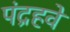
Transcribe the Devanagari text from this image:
पंद्रहवे